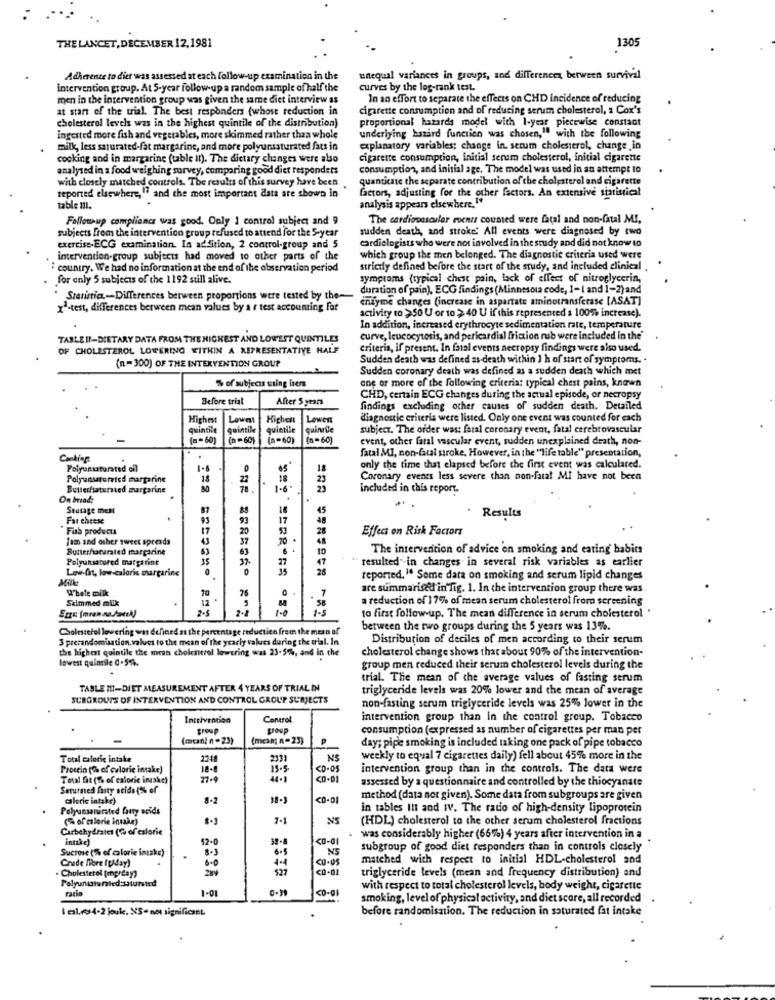
THE LANCET, DECEMBER 12,1981
1305
Adherence to dier was assessed at each follow-up examination in the
unequal variances in groups, and differences between survival
intervention group. At 5-year Follow-up a random sample of half the
curves by the log-rank test.
men in the intervention group was given the same diet interview ss
In an effort to separate the effects on CHD incidence of reducing
at start of the trial. The best responders (whose reduction in
cigarette consumption and of reducing serum cholesterol, a Cox's
cholesterol levels was in the highest quintile of the distribution)
proportional hazards model with 1-year piecewise constant
ingested more fish and vegetables, more skimmed rather than whole
underlying bazard function was chosen," with the following
milk, less saturated-fat margarine, and more polyunsaturated fats in
explanatory variables; change in. serum cholesterol, change in
cooking and in margarine (table il). The dietary changes were also
cigarette consumption, Initial serem cholesterol, initial cigarette
analysed in a food weighing survey, comparing good diet responders
consumption, and initial age, The model was used in an attempt 10
with closely matched controls. The results of this survey have been
quanticase the separate contribution of the cholesterol and cigarette
factors, adjusting for the other factors. An extensive statistical
reported elsewhere, "" and the most important data are shown in
table !Il.
analysis appears elsewhere."
Follow -up compliance was good. Only 1 control subject and 9
The cardiovascular coentr counted were fatal and non-fatal MI,
sudden death, and stroke' All events were diagnosed by two
subjects from the intervention group refused to attend for the 5-year
cardiologists who were not involved in the study and did not know to
exercise-ECG examination. In addition, 2 control-group and 5
intervention-group subjects had moved to other parts of the
which group the men belonged. The diagnostic criteria used Were
: country. We had no information at the end of the observation period
strictly defined before the start of the study, and included clinical
for only 5 subjects of the 1192 still alive.
symptoms (typical chest pain, lack of effect of nitroglycerin
duration of pain), ECG findings (Minnesota code, I-I and 1-2)and
Statistics-Differences between proportions were tested by the-
endyme changes (increase in aspartate aminotransferase [ASAT]
xª-test, differences berween mean values by a r test accounting for
activity to >50 U or to >40 U if this represented a 100% increase).
In addition, increased erythrocyte sedimentation rate, temperature
TABLEII-DIETARY DATA FROM THE HIGHEST AND LOWEST QUINTILES
curve, leucocytosis, and pericardial friction rub were included in the'
OF CHOLESTEROL LOWERING WITHIN A REPRESENTATIVE HALF
criteria, if present. In fatal events necropsy findings were also used.
Sudden death was defined as-death within 1 h of start of symptoms. .
(n-300) OF THE INTERVENTION GROUP
Sudden coronary death was defined as a sudden death which met
% of subjects using ivers
one or more of the following criteria: typical chest pains, known
Before trist
After 5 years
CHD, certain ECG changes during the actual episode, or necropsy
findings excluding ocher causes of sudden death. Detailed
Highest
Lowest
Lowen
diagnostic criteria were listed. Only one event was counted for each
quintile
quintile
quimile
quinrüe
subject. The order was: faral coronary event, fatal cerebrovascular
( == 60)
(n =60)
(a-60)
(n=60)
event, other fatal vascular event, sudden unexplained death, non-
Canking
.
fatal MI, non-fatal stroke, However, in the "life table" presentation,
Polyunsaturated eil
18
only the time that elapsed before the first event was calculated.
Polyunsaturated margarine
Coronary events less severe than non-fata! MI have not been
Butlerfsaturated margarine
80
78.
1-6
included in this report.
On bread:
Seusage mest
16
45
Far cheese
17
:48
Results
Fib products
20
Effect on Risk Factors
Jam and other sweet spreads
37
20 .
48
Bunterfaturated margarine
10
The intervention of advice on smoking and eating habits
Polyunsatored margarint
27
resulted" in changes in several risk variables as earlier
Low-fat, low-calorie margarine
28
Milk
reported." Some dara on smoking and serum lipid changes
Whole milk
are summarised in fig. 1. In the intervention group there was
Skimmed milk
.
76
58
a reduction of 17% of mean serum cholesterol from screening
1.0
1 -5
to first follow-up. The mean difference in serum cholesterol *
Cholesterol lowering was defined as the percentage reduction from the mean of
between the two groups during the 5 years was 13%.
3 prerandomisation.valves to the mean of the yearly values during the trial. In
Distribution of deciles of men according to their serum
the highest quintile the mean cholesterol lowering was 23-5%, and in the
cholesterol change shows that about 90% of the intervention-
lowest quintile 0 .5%.
group men reduced their serum cholesterol levels during the
trial. The mean of the average values of fasting serum
TABLE I-DIET MEASUREMENT AFTER 4 YEARS OF TRIAL IN
triglyceride levels was 20% lower and the mean of average
SUBGROUPS OF INTERVENTION AND CONTROL GROUP SURJECTS
non-fasting serum triglyceride levels was 25% lower in the
Intervention
Control
intervention group than in the control group. Tobacco
group
consumption (expressed as number of cigarettes per man per
(mcnl n=23)
(mean; n=23)
P
day; pipe smoking is included taking one pack of pipe tobacco
Total calorie intake
2348
NS
weekly to equal 7 cigarettes daily) fell about 45% more in the
Protein (7% of calorie intake)
18-€
13.5
intervention group than in the controls. The data were
Total fit (1% of calorie insske)
27-9
44.1
assessed by a questionnaire and controlled by the thiocyanate
Serutmed faity stids (% of
calorie intake)
method (data not given). Some data from subgroups are given
Polyunsaturated fatty acids
in tables Int and IV. The radio of high-density lipoprotein
(% of estorie intake)
NS
(HDL) cholesterol to the other serum cholesterol fractions
Carbohydrates (% of calorie
intake)
52-0
39-8
<O-a1
was considerably higher (66%) 4 years after intervention in a
Sucrose (% of calorie intake)
8-3
6.5
NS
subgroup of good diet responders than in controls closely
Chede fiore friday)
.
6 . 0
4.4
matched with respect to initial HDL-cholesterol and
. Cholesterol [mgrday)
triglyceride levels (mean and frequency distribution) and
radio
1-01
with respect to total cholesterol levels, body weight, cigarette
smoking, level of physical activity, and diet score, all recorded
I csl. 4.2 jouk. MS- not significant
before randomisation. The reduction in saturated fat intake